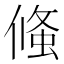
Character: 䖺